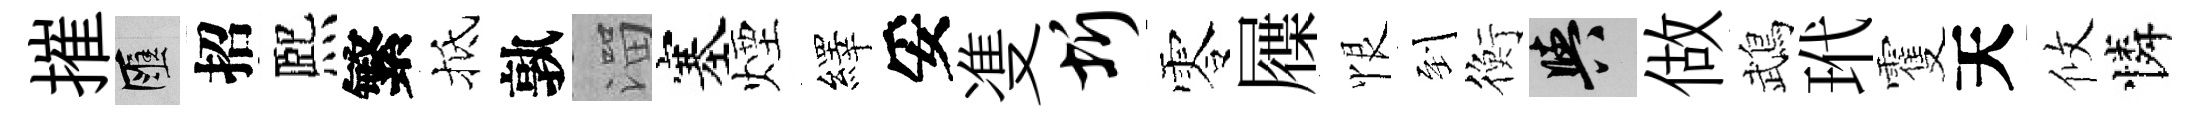
摧匯招熈繁抵孰溜塞煙繹妥㕠圻零屧恨到衡阳做鵡玳䨥天攸憐